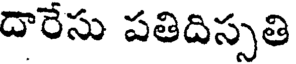
దారేసు పతిదిస్సతి